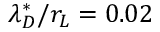
\lambda _ { D } ^ { * } / r _ { L } = 0 . 0 2